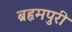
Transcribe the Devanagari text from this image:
ब्रहृमपुरी